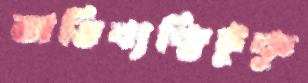
অভিব্যক্তিটুকু